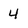
Character: 4